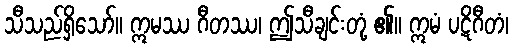
သီသည်ရှိသော်။ ဣမဿ ဂီတဿ၊ ဤသီချင်းတုံ့ ၏။ ဣမံ ပဋိဂီတံ၊